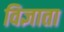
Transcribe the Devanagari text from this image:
विज्ञाता